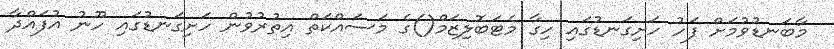
މާބަނޑުވުމަށް ފަހު ހަށިގަނޑުގައި ހިގާ މެޓަބޮލިޒަމް()ގެ މަސައްކަތް އިތުރުވުން ހަށިގަނޑުގައި ހޫނު އުފައްދާ